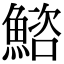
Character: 𫙩